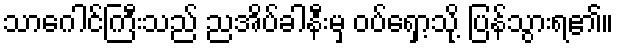
သာဂေါင်ကြီးသည် ညအိပ်ခါနီးမှ ဝပ်ရှော့သို့ ပြန်သွားရ၏။